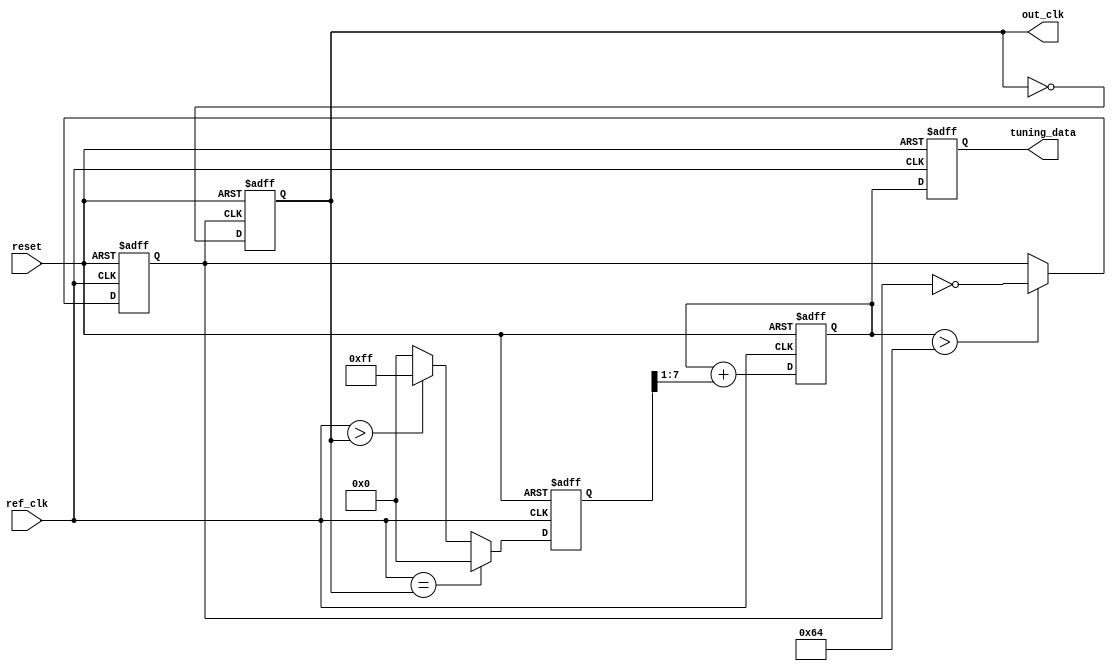
module PLL (
    input wire ref_clk,         // Reference clock input
    input wire reset,          // Asynchronous reset
    output reg out_clk,        // Output clock
    output reg [7:0] tuning_data // Memory block for tuning parameters
);

// Parameters for PLL
parameter N = 4;              // VCO frequency multiplier
parameter CUTOFF_FREQ = 100;  // Cutoff frequency for loop filter

// Internal signals
reg [7:0] phase_error;        // Phase error signal from Phase Detector
reg [7:0] control_voltage;     // Control voltage for VCO
reg vco_clk;                  // VCO output clock

// Phase Detector logic
always @(posedge ref_clk or posedge reset) begin
    if (reset) begin
        phase_error <= 0;
    end else begin
        // Simple phase comparison, can be replaced with a more complex PD
        phase_error <= (ref_clk == out_clk) ? 0 : (ref_clk > out_clk) ? 8'hFF : 8'h00;
    end
end

// Loop Filter logic (simple first-order)
always @(posedge ref_clk or posedge reset) begin
    if (reset) begin
        control_voltage <= 8'b0;
    end else begin
        control_voltage <= control_voltage + (phase_error >> 1); // Simple integration
    end
end

// Voltage-Controlled Oscillator (VCO)
always @(posedge ref_clk or posedge reset) begin
    if (reset) begin
        vco_clk <= 1'b0;
    end else begin
        // Simple VCO behavior (frequency controlled by control voltage)
        if (control_voltage > CUTOFF_FREQ) begin
            vco_clk <= ~vco_clk;  // Toggle based on control voltage
        end
    end
end

// Frequency Divider (optional)
always @(posedge vco_clk or posedge reset) begin
    if (reset) begin
        out_clk <= 1'b0;
    end else begin
        out_clk <= ~out_clk; // Simple divide by 2
    end
end

// Memory Storage for tuning parameters
always @(posedge reset or posedge ref_clk) begin
    if (reset) begin
        tuning_data <= 8'b0; // Initialize tuning parameters
    end else begin
        // Example: Store current control voltage to tuning data
        tuning_data <= control_voltage;
    end
end

endmodule